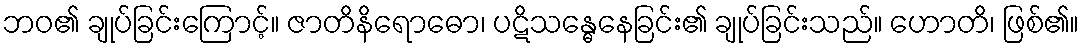
ဘဝ၏ ချုပ်ခြင်းကြောင့်။ ဇာတိနိရောဓော၊ ပဋိသန္ဓေနေခြင်း၏ ချုပ်ခြင်းသည်။ ဟောတိ၊ ဖြစ်၏။